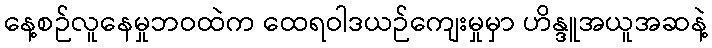
နေ့စဉ်လူနေမှုဘဝထဲက ထေရဝါဒယဉ်ကျေးမှုမှာ ဟိန္ဒူအယူအဆနဲ့